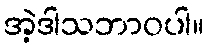
အဲ့ဒါသဘာဝပါ။